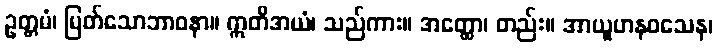
ဥတ္တမံ၊ မြတ်သောဘာဝနာ။ ဣတိအယံ၊ သည်ကား။ အတ္ထော၊ တည်း။ အာယူဟနဝသေန၊